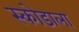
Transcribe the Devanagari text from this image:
स्कोडाला